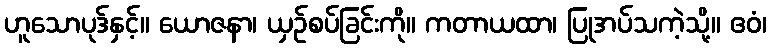
ဟူသောပုဒ်နှင့်။ ယောဇနာ၊ ယှဉ်စပ်ခြင်းကို။ ကတာယထာ၊ ပြုအပ်သကဲ့သို့။ ဧဝံ၊